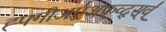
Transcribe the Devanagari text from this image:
ह्फ्गीअए॑अफ्र्व्द्स्व्॑